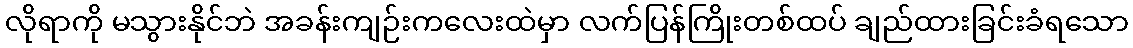
လိုရာကို မသွားနိုင်ဘဲ အခန်းကျဉ်းကလေးထဲမှာ လက်ပြန်ကြိုးတစ်ထပ် ချည်ထားခြင်းခံရသော